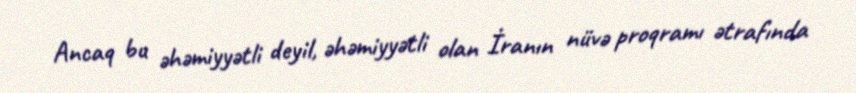
Ancaq bu əhəmiyyətli deyil, əhəmiyyətli olan İranın nüvə proqramı ətrafında